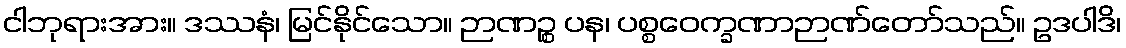
ငါဘုရားအား။ ဒဿနံ၊ မြင်နိုင်သော။ ဉာဏဉ္စ ပန၊ ပစ္စဝေက္ခဏာဉာဏ်တော်သည်။ ဥဒပါဒိ၊